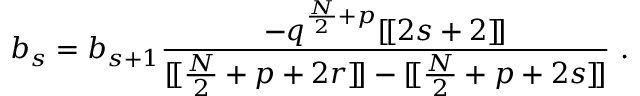
b _ { s } = b _ { s + 1 } { \frac { - q ^ { { \frac { N } { 2 } } + p } [ \! [ 2 s + 2 ] \! ] } { [ \! [ { \frac { N } { 2 } } + p + 2 r ] \! ] - [ \! [ { \frac { N } { 2 } } + p + 2 s ] \! ] } } \ .